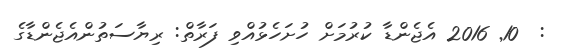
:  10